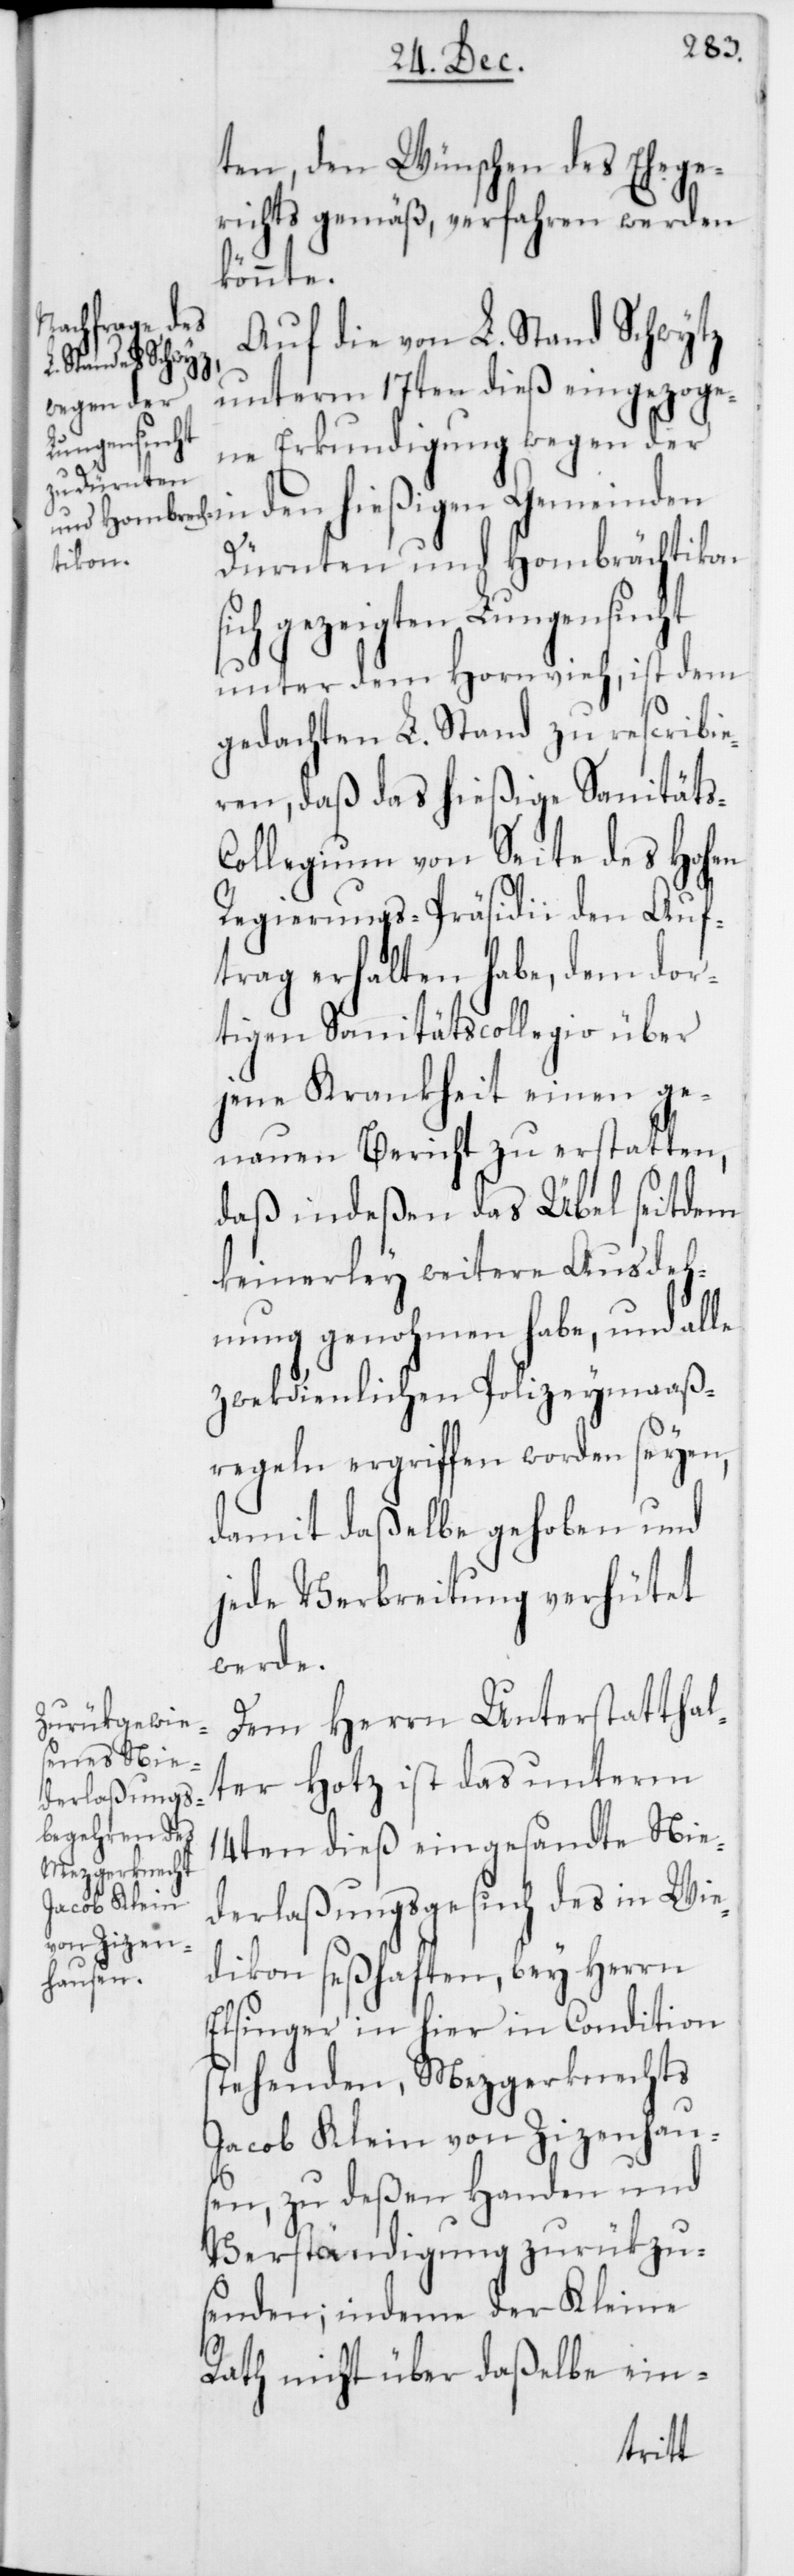
ten, den Wünschen des Ehege¬
richts gemäß, verfahren werden
könnte.
Auf die von L. Stand Schwytz
unterm 17ten dieß eingezoge¬
ne Erkundigung wegen der
in den hießigen Gemeinden
Dürnten und Hombrächtikon
sich gezeigten Lungensucht
unter dem Hornvieh, ist dem
gedachten L. Stand zu rescribie¬
ren, daß das hießige Sanitäts-C¬
ollegium von Seite des Hohen
Regierungs-Präsidii den Auf¬
trag erhalten habe, dem dor¬
tigen Sanitätscollegio über
jene Krankheit einen ge¬
nauen Bericht zu erstatten,
daß indeßen das Übel seitdem
keinerley weitere Ausdeh¬
nung genohmen habe, und alle
zwekdienlichen Polizeymaaß¬
regeln ergriffen worden seyen,
damit daßelbe gehoben und
jede Verbreitung verhütet
werde.
Dem Herrn Unterstatthal¬
ter Hotz ist das unterm
14ten dieß eingesandte Nie¬
derlaßungsgesuch des in Wie¬
dikon seßhaften, bey Herrn
Elsinger in hier in Condition
stehenden, Mezgerknechts
Jacob Klein von Zizenhaus¬
en, zu deßen Handen und
Verständigung zurükzu¬
senden; indeme der Kleine
Rath nicht über daßelbe ein-